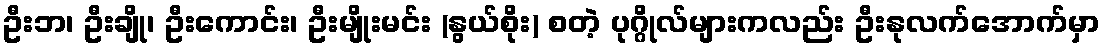
ဦးဘ၊ ဦးချို၊ ဦးကောင်း၊ ဦးမျိုးမင်း (နွယ်စိုး) စတဲ့ ပုဂ္ဂိုလ်များကလည်း ဦးနုလက်အောက်မှာ